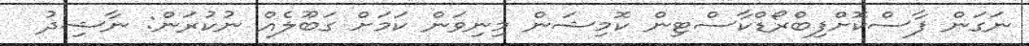
ނަގަން ފާސްކޮށްފިބްރޯޑްކާސްޓިން ކޮމިޝަން މިނިވަން ކަމަށް ގަބޫލެއް ނުކުރަން: ނާޝިދު